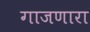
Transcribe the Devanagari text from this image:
गाजणारा